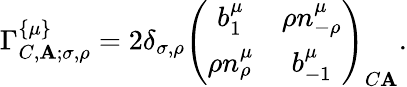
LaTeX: \Gamma_{C,\mathbf{A};\sigma,\rho}^{\left\{ \mu\right\} }=2\delta_{\sigma,\rho}\left(\begin{array}{cc}{{b_{1}^{\mu}}}&{{\rho n_{-\rho}^{\mu}}}\\ {{\rho n_{\rho}^{\mu}}}&{{b_{-1}^{\mu}}}\end{array}\right)_{C\mathbf{A}}.